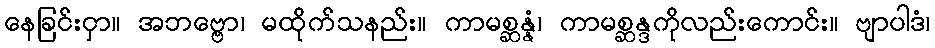
နေခြင်းငှာ။ အဘဗ္ဗော၊ မထိုက်သနည်း။ ကာမစ္ဆန္နံ၊ ကာမစ္ဆန္ဒကိုလည်းကောင်း။ ဗျာပါဒံ၊